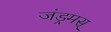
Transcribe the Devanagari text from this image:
जंड्रमस्